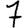
Digit: 7